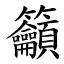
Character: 籲